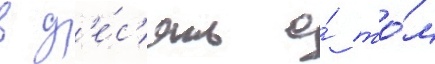
в д'е́с'ять о́ то́м